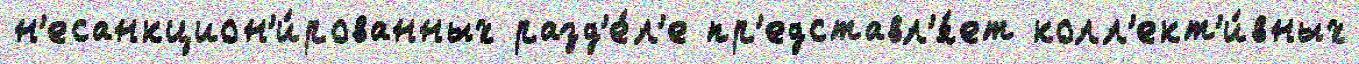
н'есанкцион'и́рованных разд'е́л'е пр'едставл'я́ет колл'ект'и́вных